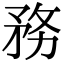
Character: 務